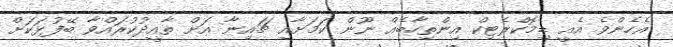
އެހެންވެ އެއީ ޑިމޮކްރެޓިކް އިންތިހާބެއް ނޫން ކަމަށާއި ޗައިނާ އަށް ތާއީދުކުރައްވާ ބޭފުޅަކަށް